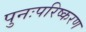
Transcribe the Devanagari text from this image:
पुनःपरिष्करण